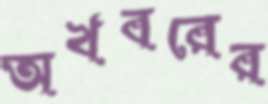
অখবরের